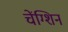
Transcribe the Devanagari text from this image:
चेंग्शिन